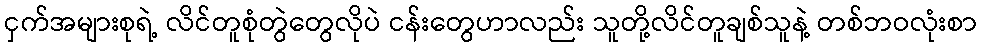
ငှက်အများစုရဲ့ လိင်တူစုံတွဲတွေလိုပဲ ငန်းတွေဟာလည်း သူတို့လိင်တူချစ်သူနဲ့ တစ်ဘဝလုံးစာ